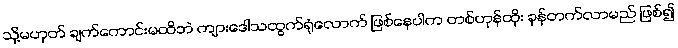
သို့မဟုတ် ချက်ကောင်းမထိဘဲ ကျားဒေါသထွက်ရုံလောက် ဖြစ်နေပါက တစ်ဟုန်ထိုး ခုန်တက်လာမည် ဖြစ်၍